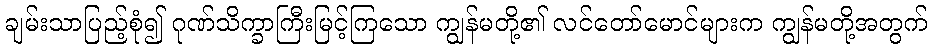
ချမ်းသာပြည့်စုံ၍ ဂုဏ်သိက္ခာကြီးမြင့်ကြသော ကျွန်မတို့၏ လင်တော်မောင်များက ကျွန်မတို့အတွက်